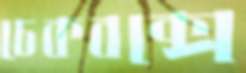
চেকবক্সে